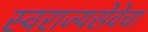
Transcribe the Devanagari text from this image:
स्वराज्यसेवेचा